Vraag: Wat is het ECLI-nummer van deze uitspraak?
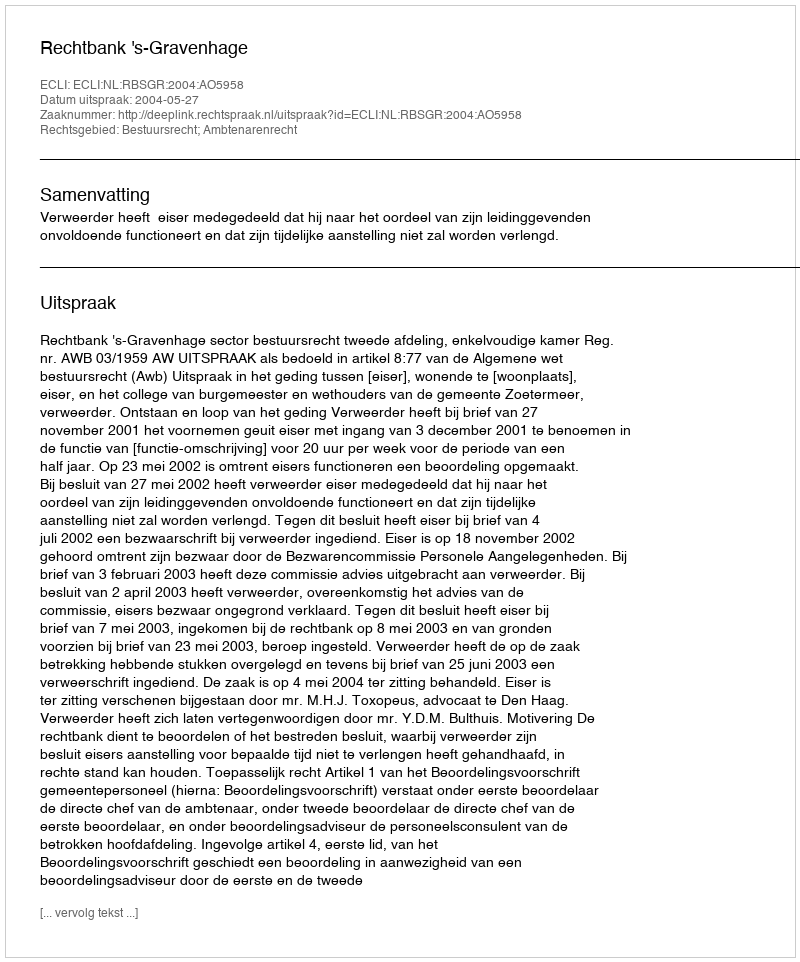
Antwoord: ECLI:NL:RBSGR:2004:AO5958